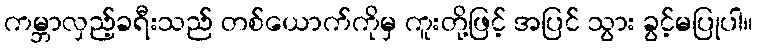
ကမ္ဘာလှည့်ခရီးသည် တစ်ယောက်ကိုမှ ကူးတို့ဖြင့် အပြင် သွား ခွင့်မပြုပါ။